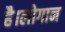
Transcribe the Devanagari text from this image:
है।लोगान